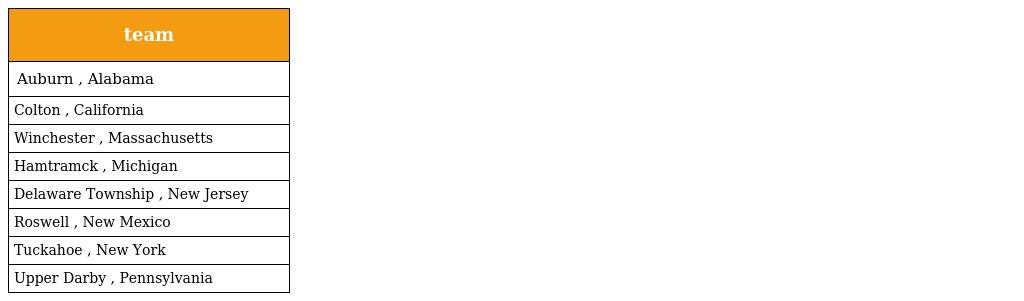
| team |
 | --- |
 | Auburn , Alabama |
 | Colton , California |
 | Winchester , Massachusetts |
 | Hamtramck , Michigan |
 | Delaware Township , New Jersey |
 | Roswell , New Mexico |
 | Tuckahoe , New York |
 | Upper Darby , Pennsylvania |